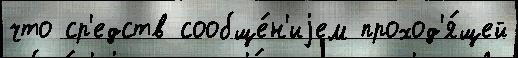
что ср'едств сообще́н'иjем проход'я́щей